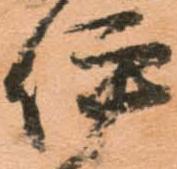
伊